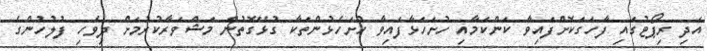
އަދި ރިޕޯޓުގައި ފާހަގަކޮށްފައިވާ ކަންކަމާއި ހުށަހަޅާފައިވާ ހުށަހެޅުންތަކާ ގުޅޭގޮތުން މަޝްވަރާކުރުމަށް ދިވެހި ފުލުހުންގެ